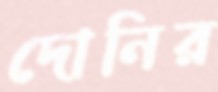
দোনির